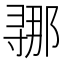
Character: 𫴲